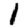
Digit: 1